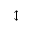
\updownarrow